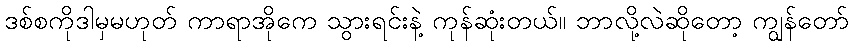
ဒစ်စကိုဒါမှမဟုတ် ကာရာအိုကေ သွားရင်းနဲ့ ကုန်ဆုံးတယ်။ ဘာလို့လဲဆိုတော့ ကျွန်တော်